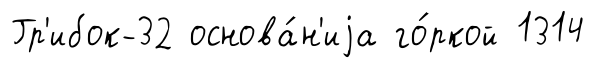
Гр'ибок-32 основа́н'иjа го́ркой 1314